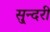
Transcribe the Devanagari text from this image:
सु्न्दरी